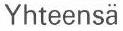
Yhteensä